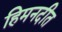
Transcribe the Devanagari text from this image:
हिमनदीत